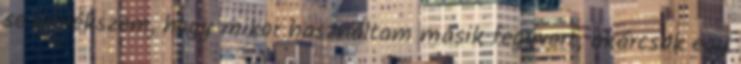
se emlékszem, hogy mikor használtam másik fegyvert, akárcsak egy